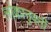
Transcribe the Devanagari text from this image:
लोकानुवर्ती